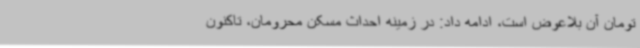
تومان آن بلاعوض است، ادامه داد: در زمینه احداث مسکن محرومان، تاکنون